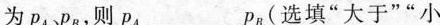
为P_{A}、P_{B}则P_{A}___P_{B(选填”大于””小